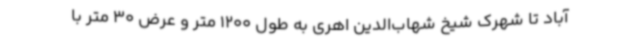
آباد تا شهرک شیخ شهاب‌الدین اهری به طول 1200 متر و عرض 30 متر با